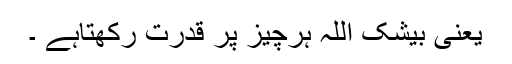
یعنی بیشک اللہ ہرچیز پر قدرت رکھتاہے ۔